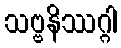
သဗ္ဗနိဿဂ္ဂါ